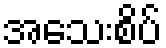
အသေးစိပ်